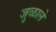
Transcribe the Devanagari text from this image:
जुळाले